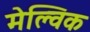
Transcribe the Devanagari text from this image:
मेल्विक